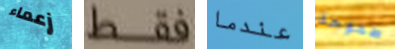
زعماء فقط عندما طموحة